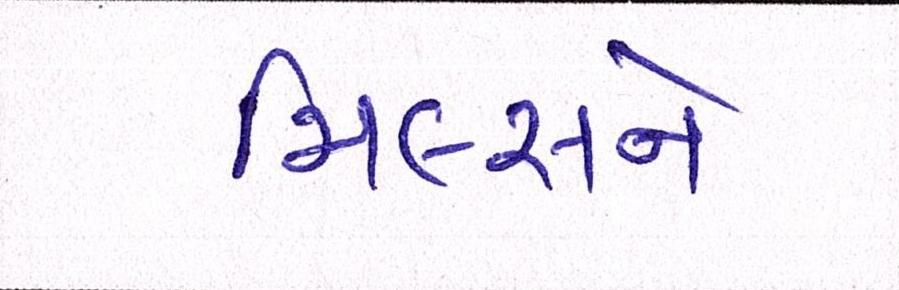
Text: મિલ્સને